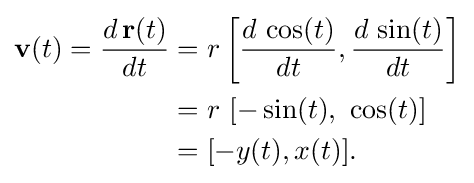
{\begin{aligned}\mathbf {v} (t)={\frac {d\,\mathbf {r} (t)}{dt}}&=r\left[{\frac {d\,\cos(t)}{dt}},{\frac {d\,\sin(t)}{dt}}\right]\\&=r\ [-\sin(t),\ \cos(t)]\\&=[-y(t),x(t)].\end{aligned}}